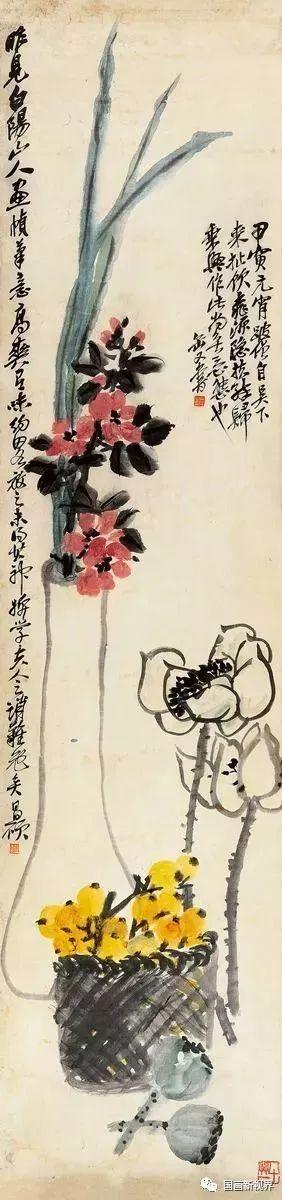
听元宵，往岁喧哗，歌也千家，舞也千家。